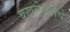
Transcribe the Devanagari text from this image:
बखलेबुवांचे